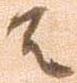
者